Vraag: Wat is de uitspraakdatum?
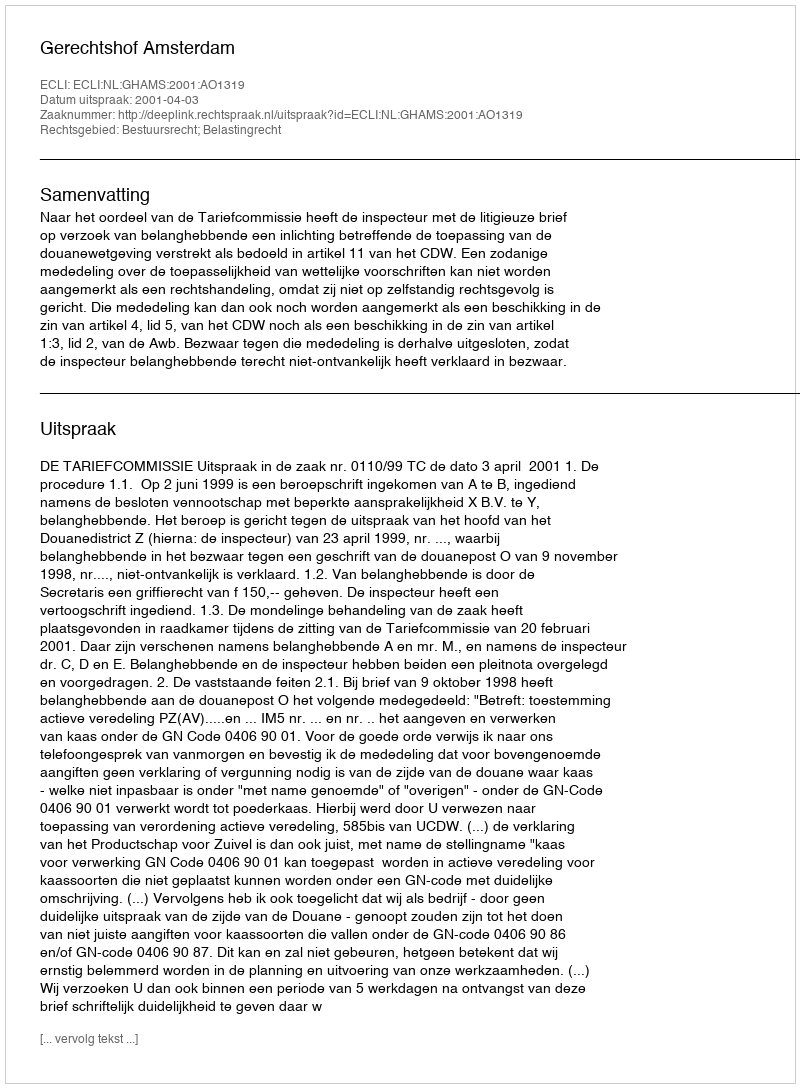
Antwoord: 2001-04-03